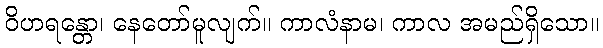
ဝိဟရန္တော၊ နေတော်မူလျက်။ ကာလံနာမ၊ ကာလ အမည်ရှိသော။